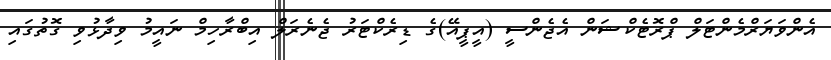
އެންވަޔަރްމެންޓަލް ޕްރޮޓެކްޝަން އެޖެންސީ (އީޕީއޭ)ގެ ޑިރެކްޓަރު ޖެނެރަލް އިބްރާހިމް ނައީމު ވިދާޅުވި ގޮތުގައި